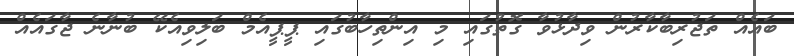
ބައެއް ތަޖުރިބާކާރުން ވިދާޅުވާ ގޮތުގައި މި އިންތިހާބުގައި ޕީޕީއެމް ބަލިވިއެކޭ ބުނާނެ ޖާގައެއް